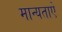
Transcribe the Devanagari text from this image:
मान्यताऐ